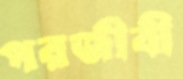
পরজীবী